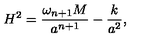
H ^ { 2 } = { \frac { \omega _ { n + 1 } M } { a ^ { n + 1 } } } - { \frac { k } { a ^ { 2 } } } ,